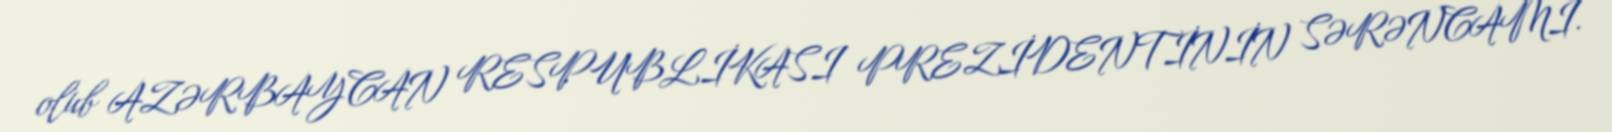
olub AZƏRBAYCAN RESPUBLİKASI PREZİDENTİNİN SƏRƏNCAMI.